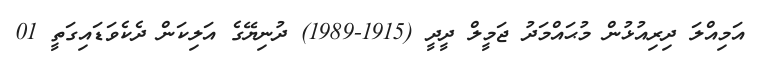
އަމިއްލަ ދިރިއުޅުން މުޙައްމަދު ޖަމީލް ދީދީ (1915-1989) ދުނިޔޭގެ އަލިކަން ދެކެވަޑައިގަތީ 01